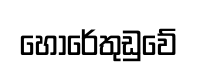
හොරේතුඩුවේ